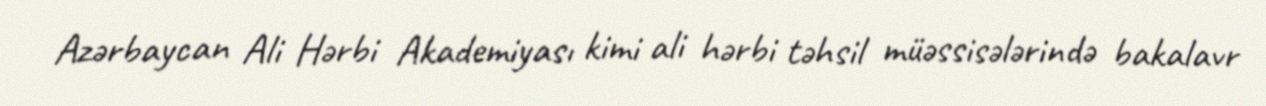
Azərbaycan Ali Hərbi Akademiyası kimi ali hərbi təhsil müəssisələrində bakalavr